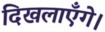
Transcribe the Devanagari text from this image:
दिखलाएँगे।